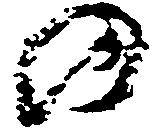
の